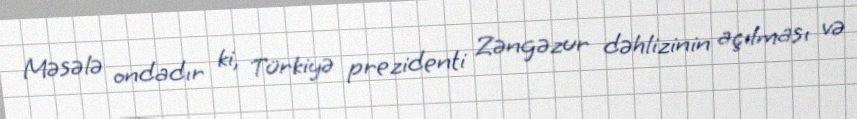
Məsələ ondadır ki, Türkiyə prezidenti Zəngəzur dəhlizinin açılması və